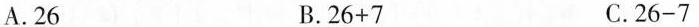
A. 26 B. $$2 6 + 7$$ C. $$2 6 - 7$$